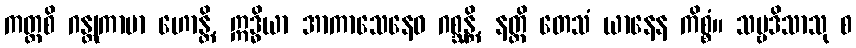
ကတ္ထစိ ဂန္တုကာမာ ဟောန္တိ, ဣဒ္ဓိယာ အာကာသေနေဝ ဂစ္ဆန္တိ, နတ္ထိ တေသံ ယာနေန ကိစ္စံ။ သဗ္ဗဒိသာသု စ